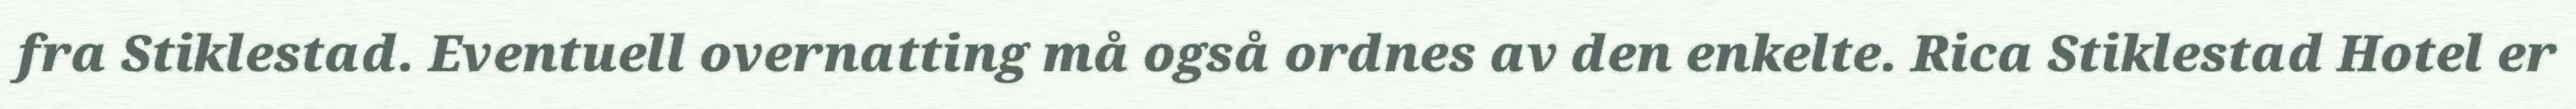
fra Stiklestad. Eventuell overnatting må også ordnes av den enkelte. Rica Stiklestad Hotel er